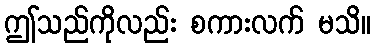
ဤသည်ကိုလည်း စကားလက် မသိ။